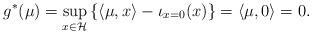
LaTeX: \begin{align*}g^*(\mu) &=\sup_{x\in\mathcal{H}}\left\{\langle\mu,x\rangle-\iota_{x=0}(x)\right\}=\langle\mu,0\rangle=0.\end{align*}